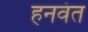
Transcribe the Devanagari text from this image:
हनवंत